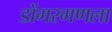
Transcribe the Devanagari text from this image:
डोंगरगणला